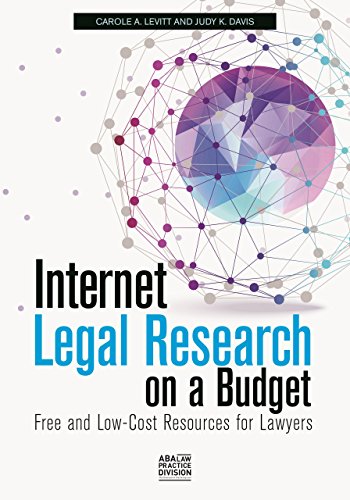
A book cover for Internet Legal Research on a Budget: Free and Low-Cost Resources for Lawyers; Carole A. Levitt; Law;